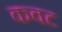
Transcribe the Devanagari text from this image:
कवट